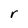
Character: r